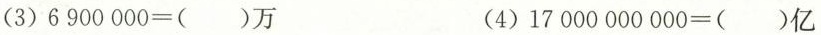
(3)$$6 9 0 0 0 0 0 = ( )万$$ (4)$$1 7 0 0 0 0 0 0 0 0 0 = ( )亿$$